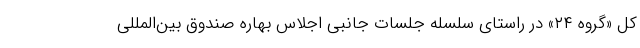
کل «گروه ۲۴» در راستای سلسله جلسات جانبی اجلاس بهاره صندوق بین‌المللی